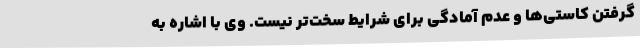
گرفتن کاستی‌ها و عدم آمادگی برای شرایط سخت‌تر نیست. وی با اشاره به